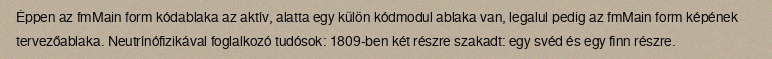
Éppen az fmMain form kódablaka az aktív, alatta egy külön kódmodul ablaka van, legalul pedig az fmMain form képének tervezőablaka. Neutrínófizikával foglalkozó tudósok: 1809-ben két részre szakadt: egy svéd és egy finn részre.